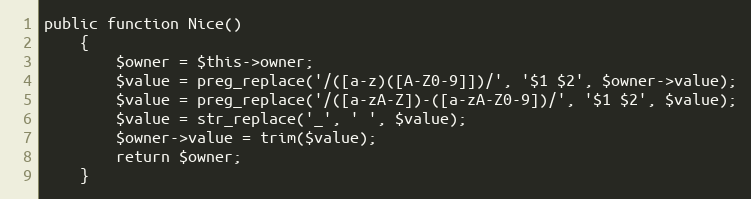
Language: PHP
public function Nice()
    {
        $owner = $this->owner;
        $value = preg_replace('/([a-z)([A-Z0-9]])/', '$1 $2', $owner->value);
        $value = preg_replace('/([a-zA-Z])-([a-zA-Z0-9])/', '$1 $2', $value);
        $value = str_replace('_', ' ', $value);
        $owner->value = trim($value);
        return $owner;
    }